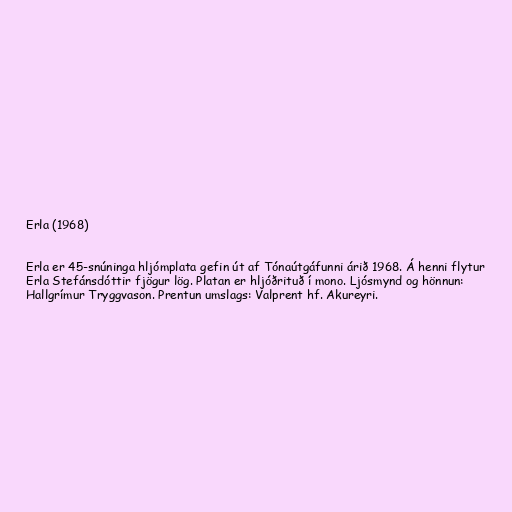
Erla (1968)

Erla er 45-snúninga hljómplata gefin út af Tónaútgáfunni árið 1968. Á henni flytur
Erla Stefánsdóttir fjögur lög. Platan er hljóðrituð í mono. Ljósmynd og hönnun:
Hallgrímur Tryggvason. Prentun umslags: Valprent hf. Akureyri.